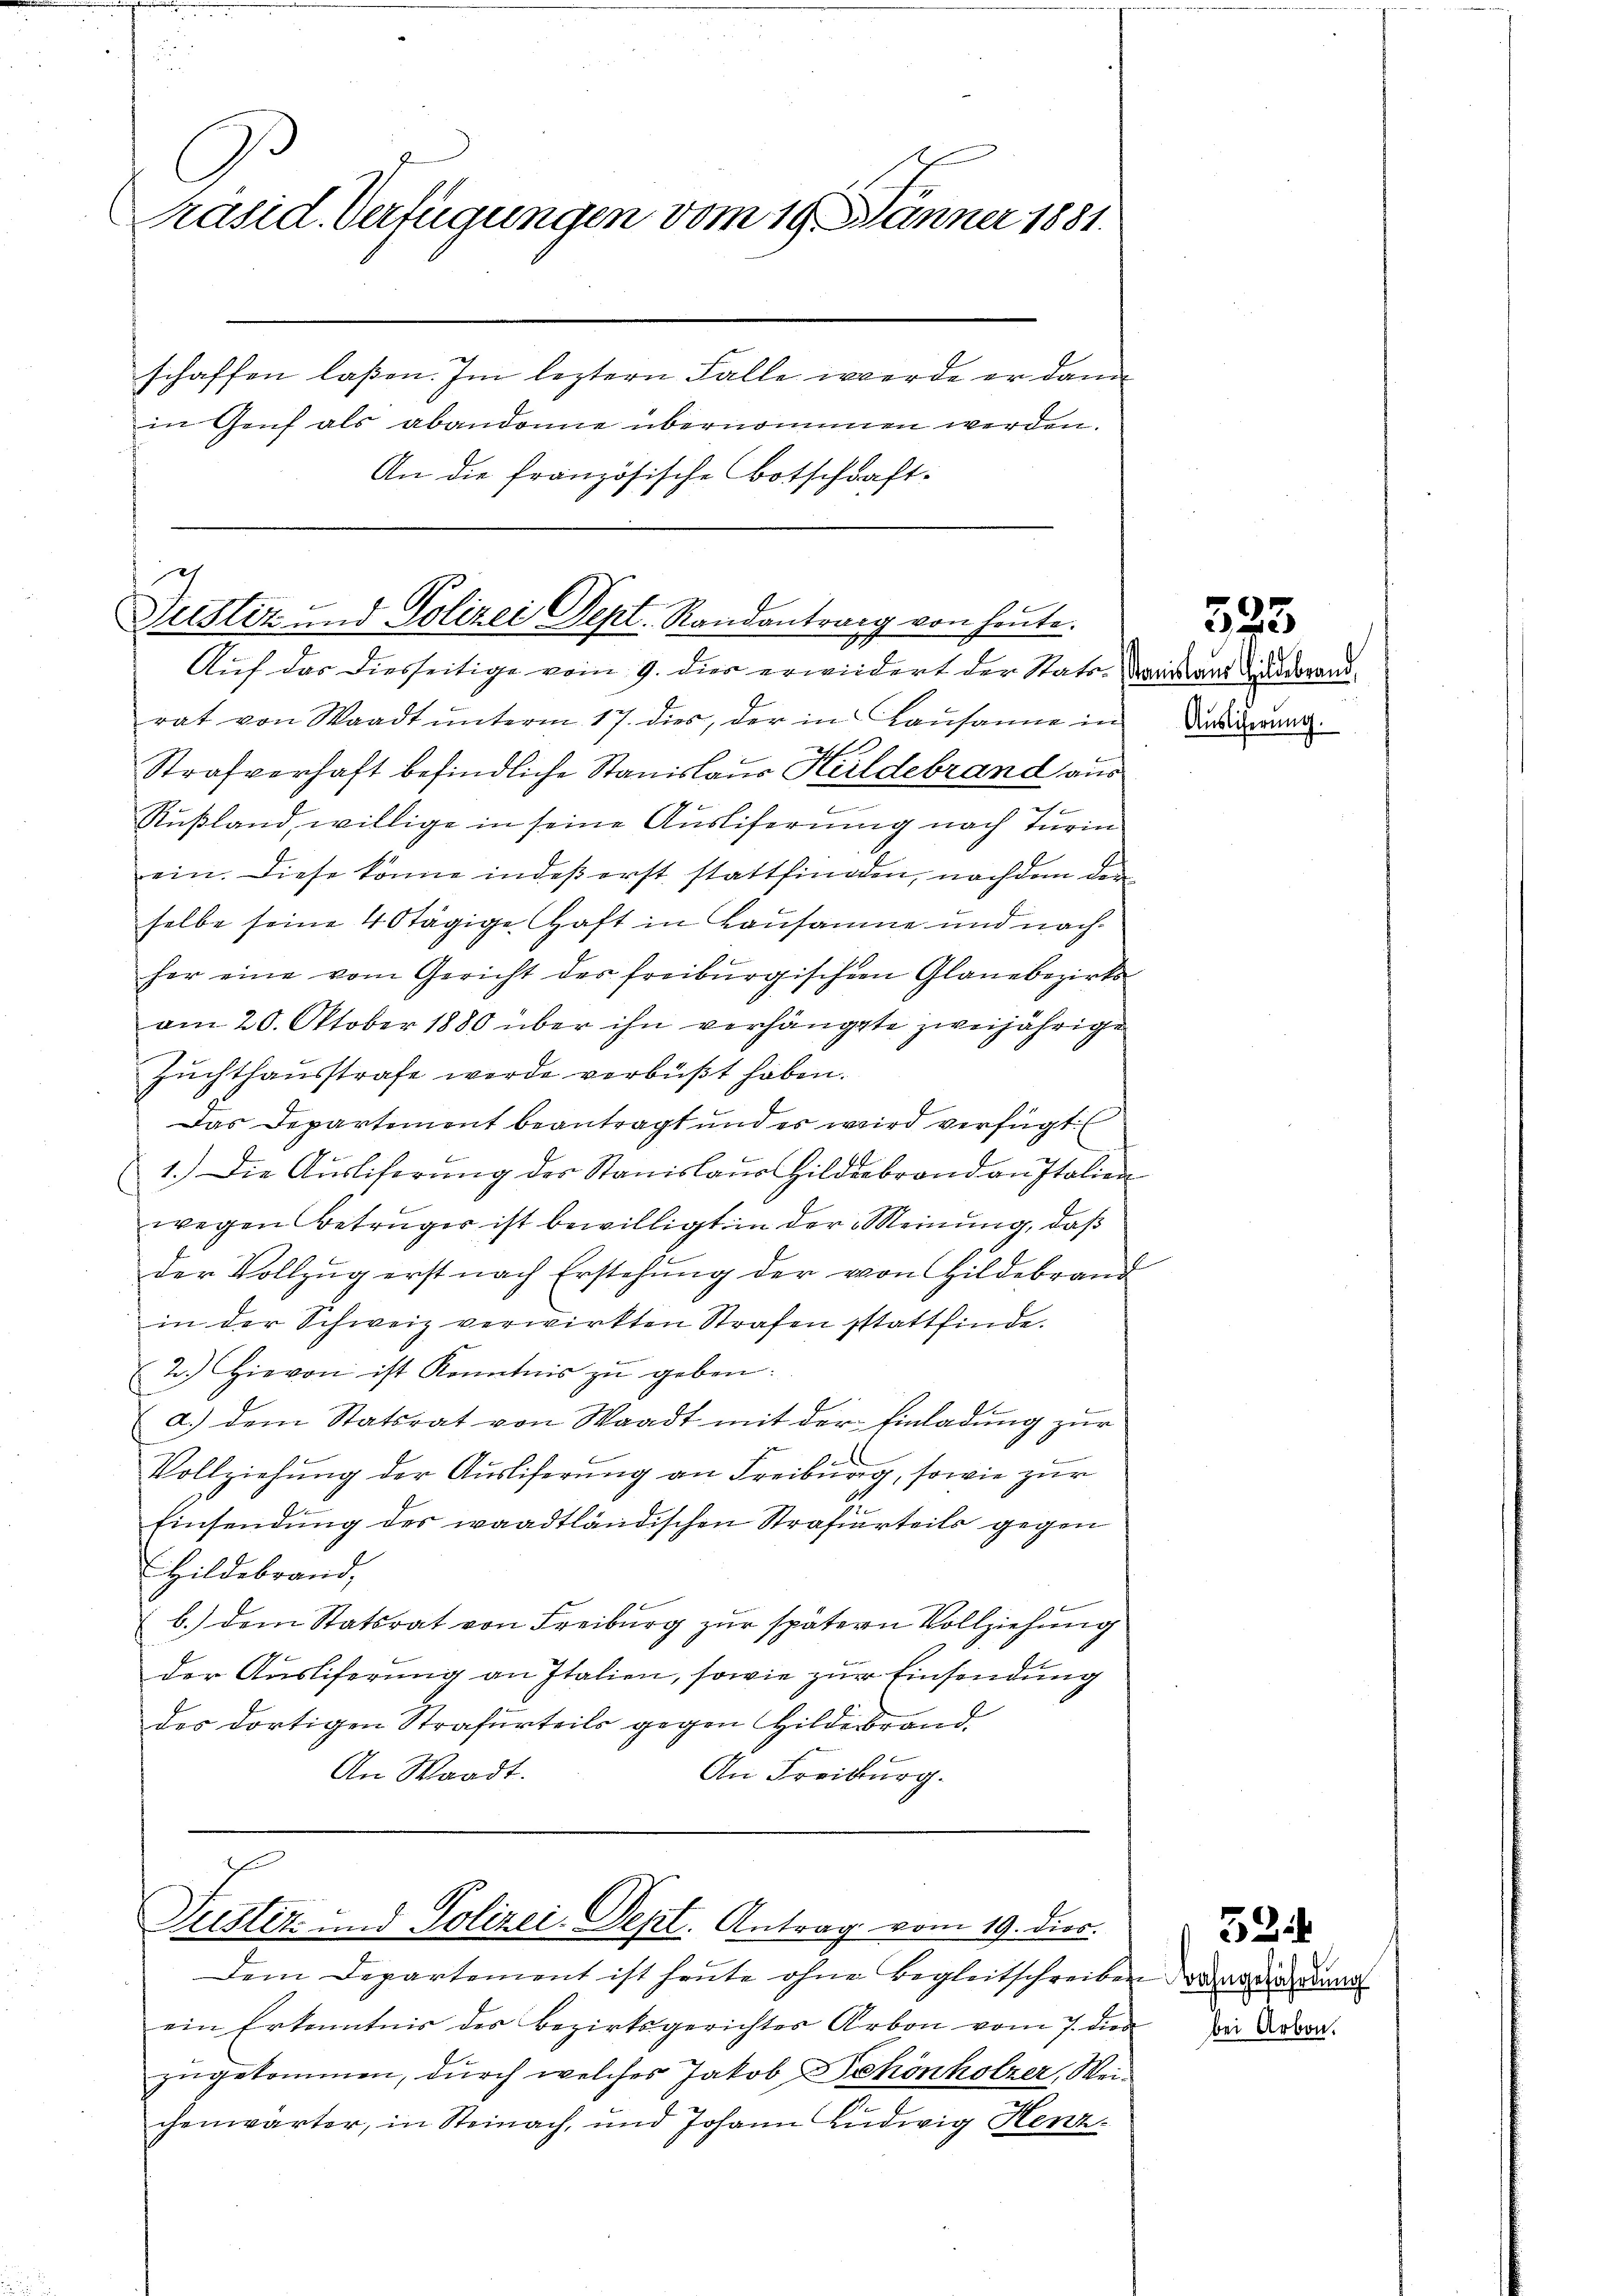
Präsid. Verfügungen vom 19. Jänner 1881.
schaffen laßen. Im leztern Falle werde er dann
in Genf als abandone übernommen werden.
An die französische Botschaft.

e
Justiz und Polizei Dept. Randantrag von heute.
Auf das diesseitige vom 9. dies erwiedert der Stat. Darstanz anderand¬

rat von Waadt ŭnterm 17. dies, der in Kausanne in Datierun
h
Strafverhaft befindliche Stanislaus Hildebrand aus
e...........................................
e
Rußland, willige in seine Ausliferung nach Turin
ein. Diese könne indeß erst stattfinden, nachdem den
selbe seine 4 stägige Haft in Lausanne und nachx
her eine vom Gericht des freiburgischen Glanebezirks-
am 20. Oktober 1880 über ihn verhängte zweijährige
Zuchthausstrafe werde verbüßt haben.
Das Departement beantragt und es wird verfügt
1.) Die Aŭsliherŭng des Stanislaŭs Hildebrand an Italien
wegen Betrüger ist bewilligt in der Meinung, daß
der Vollzŭg erst nach Erstehung der von Hildebrand
in der Schweiz verwirkten Strafen stattfinde.
2.) Hievon ist Kenntnis zŭ geben:
a.) dem Statsrat von Waadt mit der Einladŭng zŭr
Vollziehung der Ausliferung an Freiburg, sowie zur
Einsendung des waadtländischen Strafurteils gegen
Hildebrand,
b.) dem Statsrat von Freiburg zŭr spätern Vollziehung
der Ausliferung an Italien, sowie zur Einsendung
des dortigen Strafurteils gegen Hildebrand.
An Waadt.
An Freiburg.

E
Puster- und Polizei- Sept. Antrag vom 19. dies.

Dem Departement ist heute ohne Begleitschreiben der an die an
ein Erkenntnis des Bezirksgerichtes Arbon vom 7. dies in Ada
zugekommen, durch welches Jakob Dehönholzer, Weichenwärter, in Steinach, und Johann Ludwig Henz-

323

32